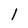
Character: l